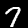
Digit: 7